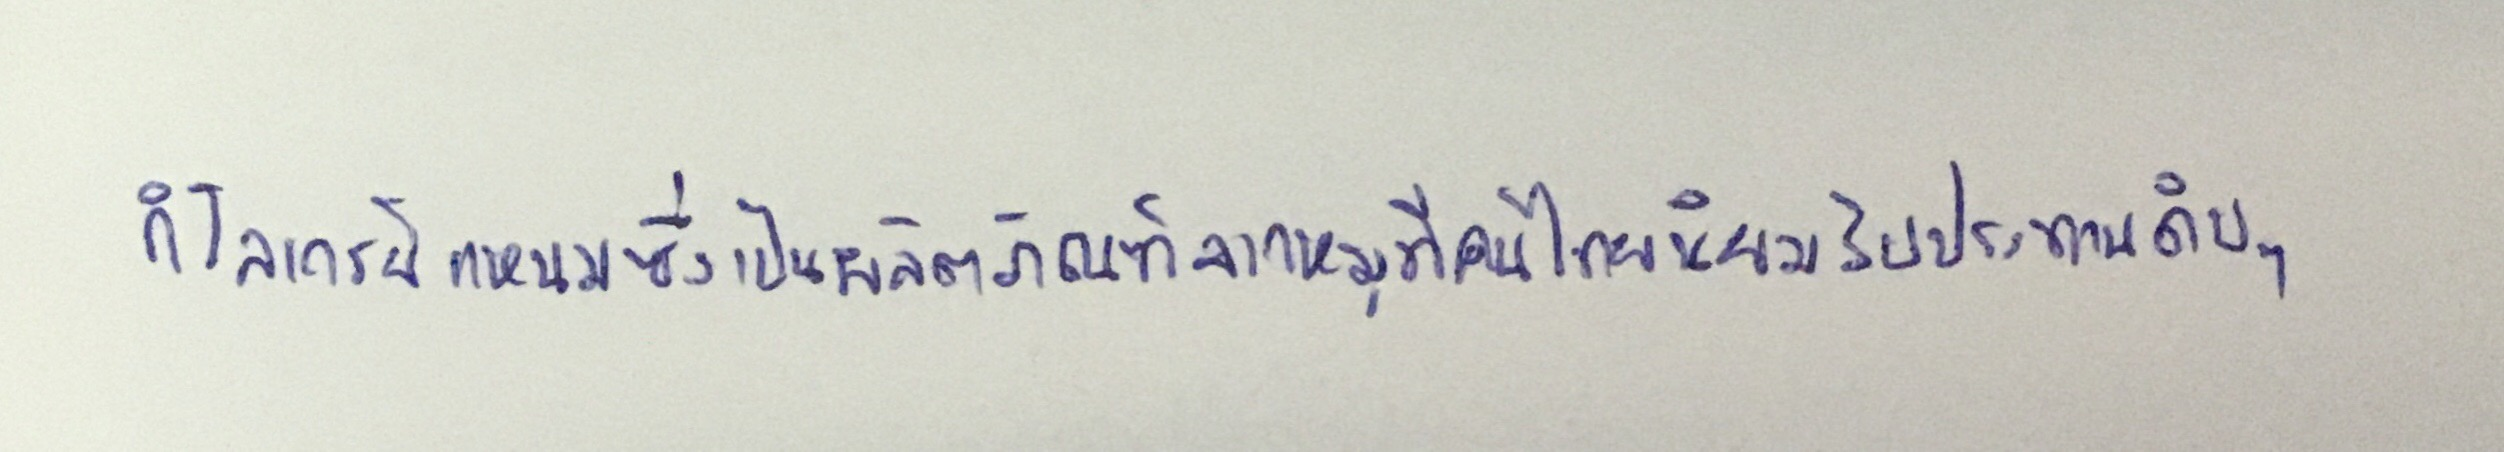
กิโลเกรย์แหนมซึ่งเป็นผลิตภัณฑ์จากหมูที่คนไทยนิยมรับประทานดิบๆ